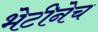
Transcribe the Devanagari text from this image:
भेटीनेच